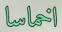
اخماسا